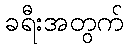
ခရီးအတွက်